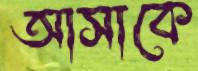
আসাকে